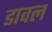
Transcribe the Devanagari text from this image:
डावल